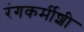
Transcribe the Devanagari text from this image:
रंगकर्मीशी